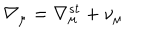
LaTeX: \nabla _ { \mu } = \nabla _ { \mu } ^ { s t } + \nu _ { \mu }